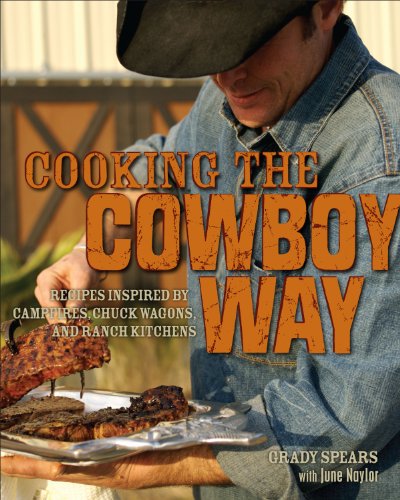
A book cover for Cooking the Cowboy Way: Recipes Inspired by Campfires, Chuck Wagons, and Ranch Kitchens; Grady Spears; Cookbooks, Food & Wine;